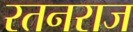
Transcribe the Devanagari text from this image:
रतनराज